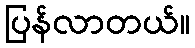
ပြန်လာတယ်။